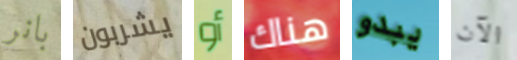
بانر يشربون أو هناك يبدو الآن